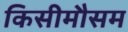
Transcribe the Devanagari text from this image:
किसीमौसम